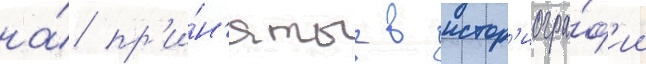
на́ пр'и́н'ятые в истор'иогра́ф'ии